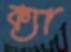
ক্যা